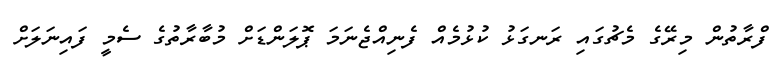
ފްރާތުން މިރޭގެ މެޗުގައި ރަނގަޅު ކުޅުމެއް ފެނިއްޖެނަމަ ޕޮލަންޑަށް މުބާރާތުގެ ސެމީ ފައިނަލަށް